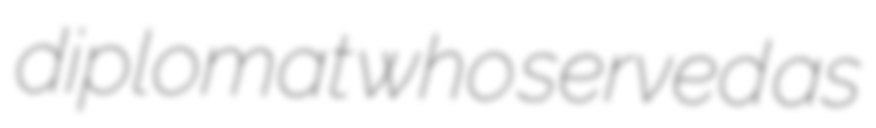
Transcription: diplomat who served as